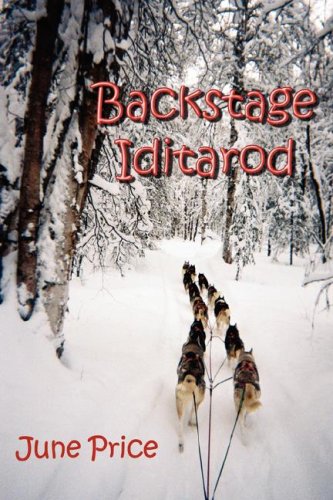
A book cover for Backstage Iditarod; June Price; Sports & Outdoors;